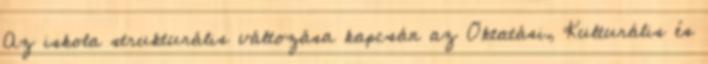
Az iskola strukturális változása kapcsán az Oktatási, Kulturális és